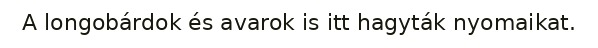
A longobárdok és avarok is itt hagyták nyomaikat.